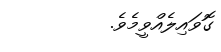
ގޮވައިލެއްވީމެވެ.